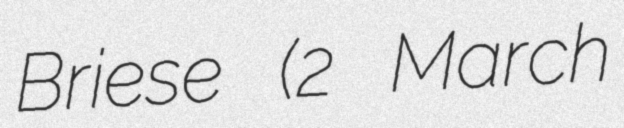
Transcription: Briese (2 March